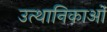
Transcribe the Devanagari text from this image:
उत्थानिकाओं